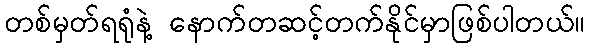
တစ်မှတ်ရရုံနဲ့ နောက်တဆင့်တက်နိုင်မှာဖြစ်ပါတယ်။